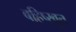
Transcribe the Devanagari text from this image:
बहिष्ख्रुत